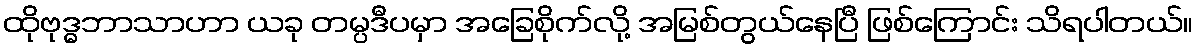
ထိုဗုဒ္ဓဘာသာဟာ ယခု တမ္ပဒီပမှာ အခြေစိုက်လို့ အမြစ်တွယ်နေပြီ ဖြစ်ကြောင်း သိရပါတယ်။